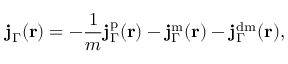
\mathbf { j } _ { \Gamma } ( \mathbf { r } ) = - \frac { 1 } { m } \mathbf { j } _ { \Gamma } ^ { \mathrm { p } } ( \mathbf { r } ) - \mathbf { j } _ { \Gamma } ^ { \mathrm { m } } ( \mathbf { r } ) - \mathbf { j } _ { \Gamma } ^ { \mathrm { d m } } ( \mathbf { r } ) ,